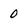
Character: 0